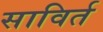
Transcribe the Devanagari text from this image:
साविर्त